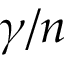
\gamma / n